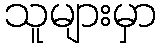
သူများမှာ